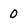
Character: 0